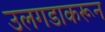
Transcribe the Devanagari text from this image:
उलगडाकरून